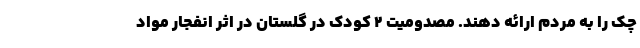
چک را به مردم ارائه دهند. مصدومیت ۲ کودک در گلستان در اثر انفجار مواد